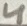
Text: 4